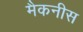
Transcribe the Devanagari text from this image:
मैकनीस